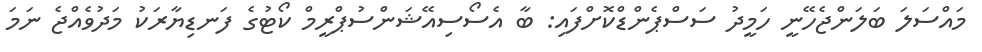
މައްސަލަ ބަލަންޖެހޭނީ ހަމީދު ސަސްޕެންޑްކޮށްފައި: ބާ އެސޯސިއޭޝަންސުޕްރީމް ކޯޓުގެ ފަނޑިޔާރަކު މަދުވެއްޖެ ނަމަ